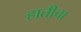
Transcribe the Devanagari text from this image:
हातीचा